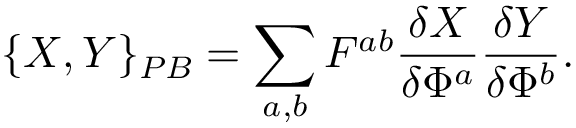
\{ X , Y \} _ { P B } = \sum _ { a , b } F ^ { a b } \frac { \delta X } { \delta \Phi ^ { a } } \frac { \delta Y } { \delta \Phi ^ { b } } .